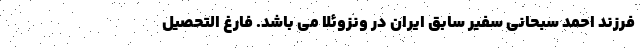
فرزند احمد سبحانی سفیر سابق ایران در ونزوئلا می باشد. فارغ التحصیل